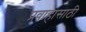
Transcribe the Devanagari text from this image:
प्रवाहासाठी